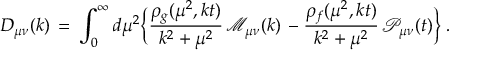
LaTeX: D _ { \mu \nu } ( k ) \, = \, \int _ { 0 } ^ { \infty } d \mu ^ { 2 } \bigg \{ \frac { \rho _ { g } ( \mu ^ { 2 } , k t ) } { k ^ { 2 } + \mu ^ { 2 } } \, { \mathcal M } _ { \mu \nu } ( k ) \, - \frac { \rho _ { f } ( \mu ^ { 2 } , k t ) } { k ^ { 2 } + \mu ^ { 2 } } \, { \mathcal P } _ { \mu \nu } ( t ) \bigg \} \; .